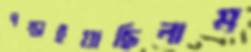
পস্তাইয়াছিলাম